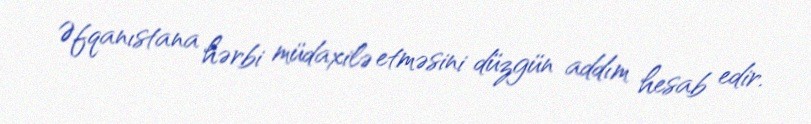
Əfqanıstana hərbi müdaxilə etməsini düzgün addım hesab edir.